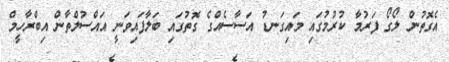
އެގޮތުން ލޯގޯ ފަރުމާ ކުރުމުގައި މައިގަނޑު އަސާސެއްގެ ގޮތުގައި ބަލާފައިވަނީ އައްސުލްތާން އިބްރާހީމް